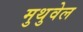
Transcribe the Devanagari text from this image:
मुथुवेल